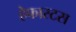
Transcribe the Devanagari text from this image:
हेफास्टस